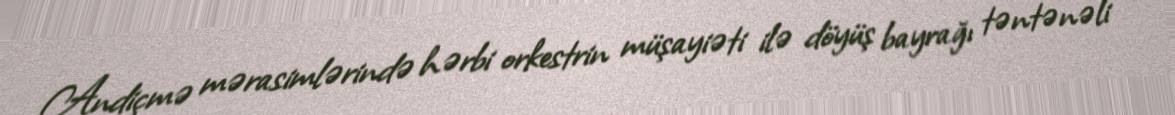
Andiçmə mərasimlərində hərbi orkestrin müşayiəti ilə döyüş bayrağı təntənəli